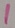
Text: 1